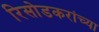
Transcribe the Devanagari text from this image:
रिसोडकरांच्या